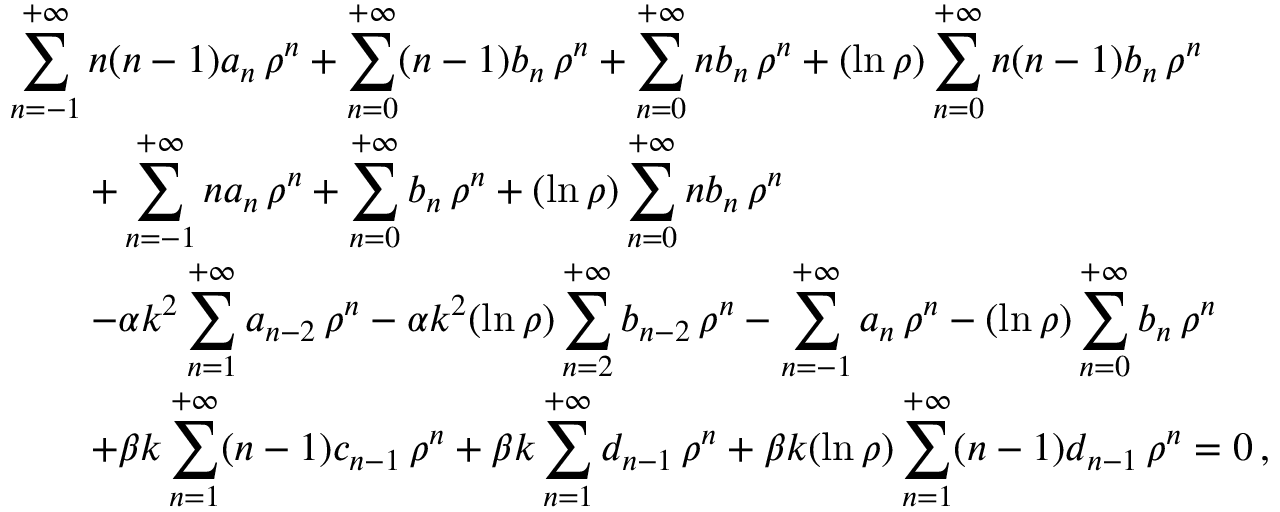
\begin{array} { l } { { \displaystyle \sum _ { n = - 1 } ^ { + \infty } n ( n - 1 ) a _ { n } \, \rho ^ { n } + \sum _ { n = 0 } ^ { + \infty } ( n - 1 ) b _ { n } \, \rho ^ { n } + \sum _ { n = 0 } ^ { + \infty } n b _ { n } \, \rho ^ { n } + ( \ln \rho ) \sum _ { n = 0 } ^ { + \infty } n ( n - 1 ) b _ { n } \, \rho ^ { n } } } \\ { { \displaystyle \qquad + \sum _ { n = - 1 } ^ { + \infty } n a _ { n } \, \rho ^ { n } + \sum _ { n = 0 } ^ { + \infty } b _ { n } \, \rho ^ { n } + ( \ln \rho ) \sum _ { n = 0 } ^ { + \infty } n b _ { n } \, \rho ^ { n } } } \\ { { \displaystyle \qquad - \alpha k ^ { 2 } \sum _ { n = 1 } ^ { + \infty } a _ { n - 2 } \, \rho ^ { n } - \alpha k ^ { 2 } ( \ln \rho ) \sum _ { n = 2 } ^ { + \infty } b _ { n - 2 } \, \rho ^ { n } - \sum _ { n = - 1 } ^ { + \infty } a _ { n } \, \rho ^ { n } - ( \ln \rho ) \sum _ { n = 0 } ^ { + \infty } b _ { n } \, \rho ^ { n } } } \\ { { \displaystyle \qquad + \beta k \sum _ { n = 1 } ^ { + \infty } ( n - 1 ) c _ { n - 1 } \, \rho ^ { n } + \beta k \sum _ { n = 1 } ^ { + \infty } d _ { n - 1 } \, \rho ^ { n } + \beta k ( \ln \rho ) \sum _ { n = 1 } ^ { + \infty } ( n - 1 ) d _ { n - 1 } \, \rho ^ { n } = 0 } \, , } \end{array}